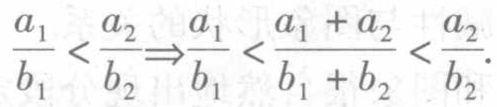
$\frac{a_{1}}{b_{1}}<\frac{a_{2}}{b_{2}}\Rightarrow\frac{a_{1}}{b_{1}}<\frac{a_{1}+a_{2}}{b_{1}+b_{2}}<\frac{a_{2}}{b_{2}}$